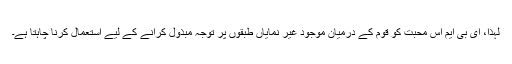
لہٰذا، ای بی ایم اس محبت کو قوم کے درمیان موجود غیر نمایاں طبقوں پر توجہ مبذول کرانے کے لیے استعمال کرنا چاہتا ہے۔